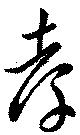
孝